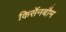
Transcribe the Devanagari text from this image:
किर्सेनबौम